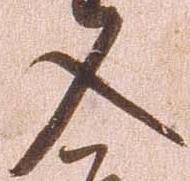
入